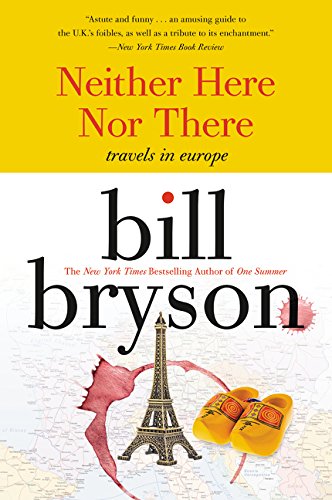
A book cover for Neither Here nor There: Travels in Europe; Bill Bryson; Humor & Entertainment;